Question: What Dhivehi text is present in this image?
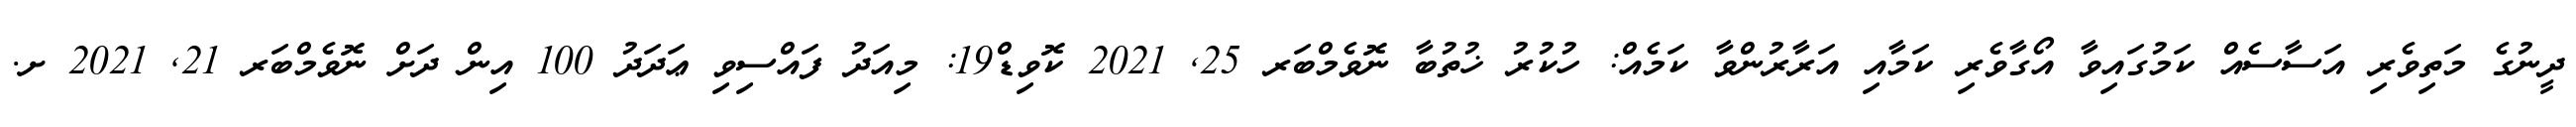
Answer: ދީނުގެ މަތިވެރި އަސާސެއް ކަމުގައިވާ އޯގާވެރި ކަމާއި އަރާރުންވާ ކަމެއް: ހުކުރު ޚުތުބާ ނޮވެމްބަރ 25, 2021 ކޮވިޑް19: މިއަދު ފައްސިވި ޢަދަދު 100 އިން ދަށް ނޮވެމްބަރ 21, 2021 ށ.